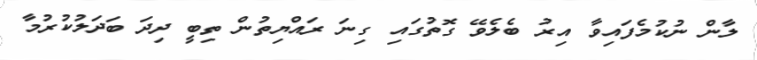
ލާން ނުކުމެފައިވާ އިރު ބެލެވޭ ގޮތުގައި ގިނަ ރައްޔިތުން ތިބީ ދިދަ ބަދަލުކުރުމާ